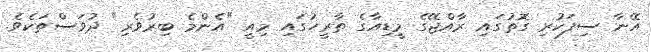
އޭނާ ސިފަކުރި ގޮތުގައި ރާއްޖޭގެ މީޑިއާގެ ތާރީހުގައި މިއީ "އެންމެ ބިރުވެރި" ދުވަސްތަކެވެ.